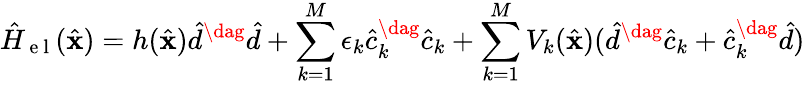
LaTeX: \hat{H}_{\mathrm{~e~l~}}(\hat{\mathbf{x}})=h(\hat{\mathbf{x}})\hat{d}^{\dag}\hat{d}+\sum_{k=1}^{M}\epsilon_{k}\hat{c}_{k}^{\dag}\hat{c}_{k}+\sum_{k=1}^{M}V_{k}(\hat{\mathbf{x}})(\hat{d}^{\dag}\hat{c}_{k}+\hat{c}_{k}^{\dag}\hat{d})